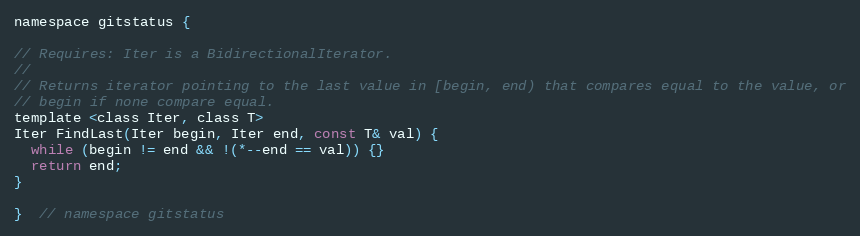
Language: C
namespace gitstatus {

// Requires: Iter is a BidirectionalIterator.
//
// Returns iterator pointing to the last value in [begin, end) that compares equal to the value, or
// begin if none compare equal.
template <class Iter, class T>
Iter FindLast(Iter begin, Iter end, const T& val) {
  while (begin != end && !(*--end == val)) {}
  return end;
}

}  // namespace gitstatus